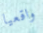
واقعيا